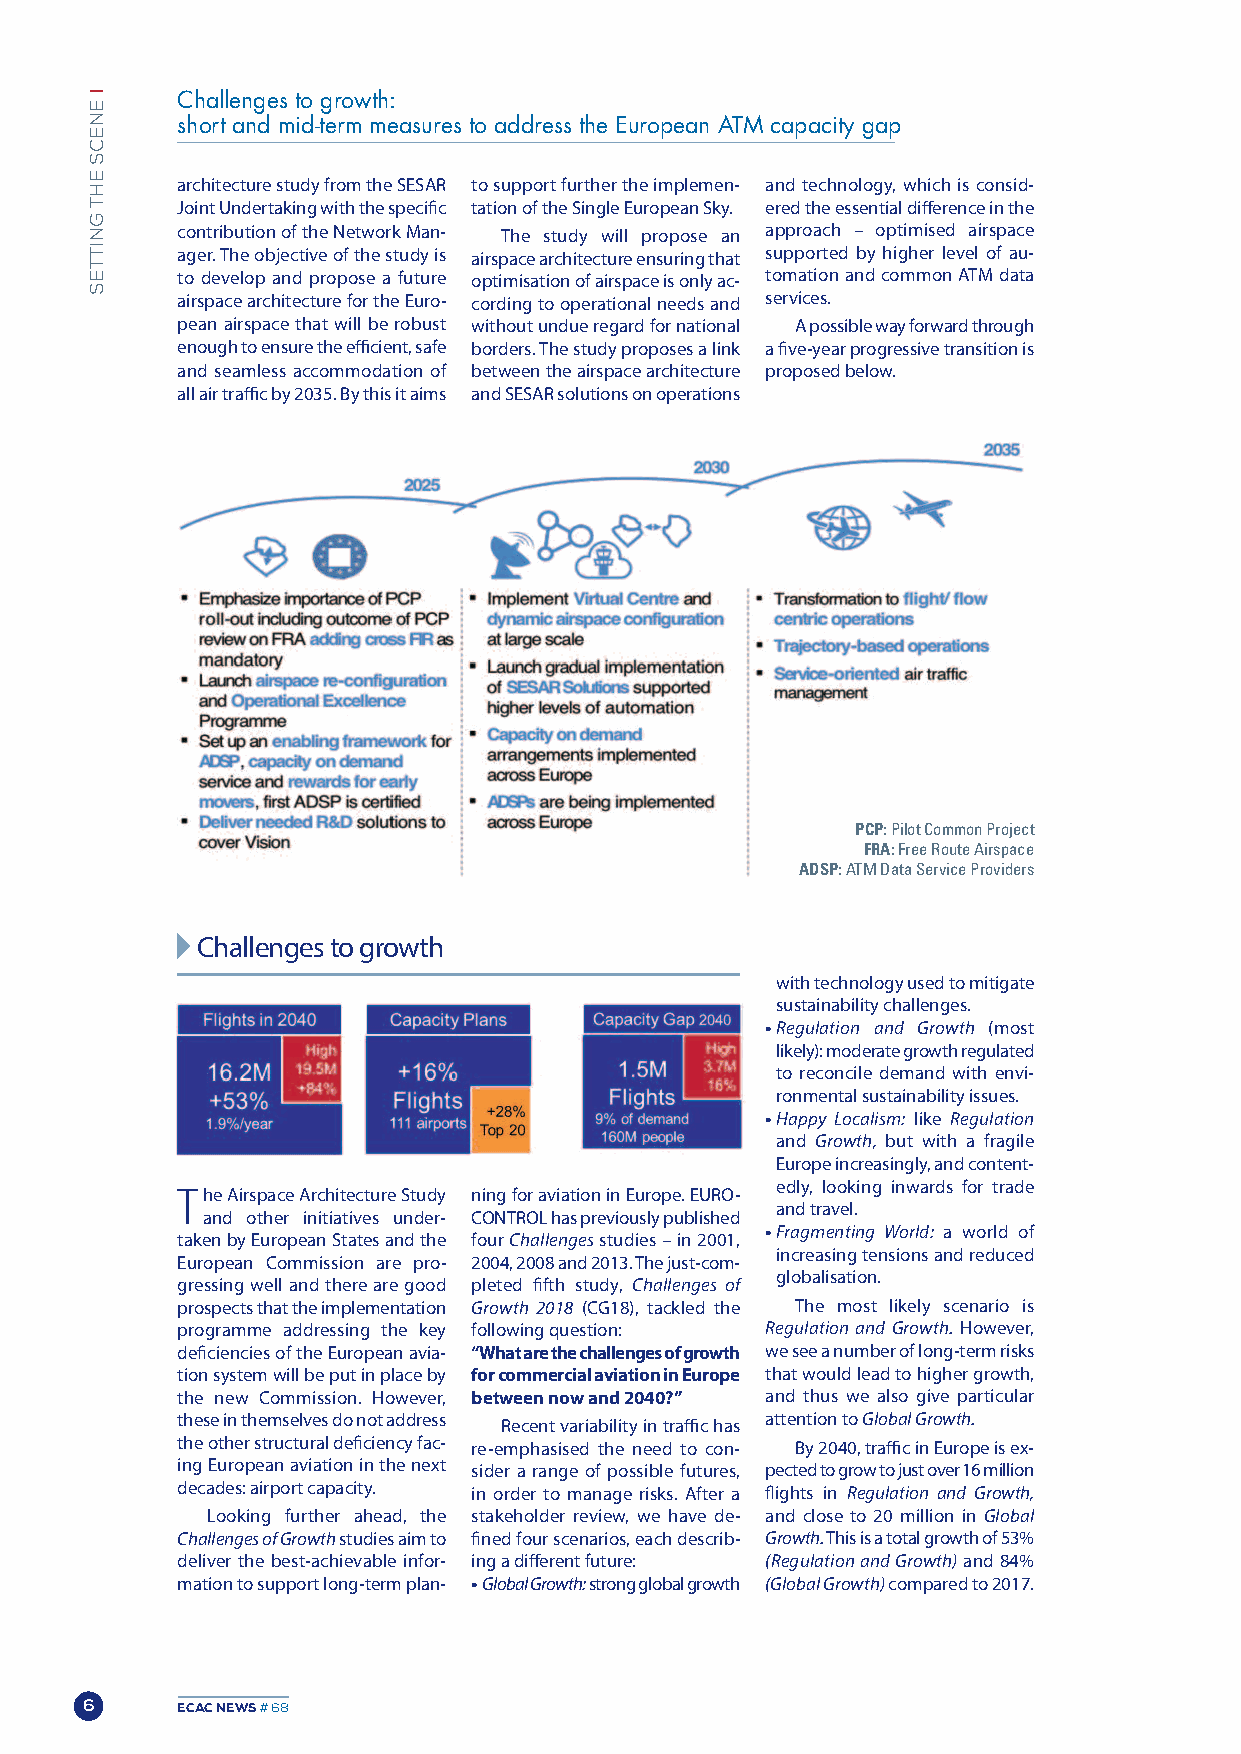
Challenges to growth:
 short and mid-term measures to address the European ATM capacity gap
 architecture study from the SESAR to support further the implemen- and technology, which is consid-
 Joint Undertaking with the specific tation of the Single European Sky. ered the essential difference in the
 contribution of the Network man- The study will propose an approach – optimised airspace
 ager. The objective of the study is airspace architecture ensuring that supported by higher level of au-
 to develop and propose a future optimisation of airspace is only ac- tomation and common ATm data
 airspace architecture for the Euro- cording to operational needs and services.
 pean airspace that will be robust without undue regard for national A possible way forward through
 enough to ensure the efficient, safe borders. The study proposes a link a five-year progressive transition is
 and seamless accommodation of between the airspace architecture proposed below.
 all air traffic by 2035. By this it aims and SESAR solutions on operations
 PCP: Pilot Common Project
 FRA: Free Route Airspace
 ADSP: ATM Data Service Providers
 Challenges to growth
 with technology used to mitigate
 sustainability challenges.
 •Regulation and Growth (most
 likely): moderate growth regulated
 to reconcile demand with envi-
 ronmental sustainability issues.
 •Happy Localism: like Regulation
 and Growth, but with a fragile
 Europe increasingly, and content-
 edly, looking inwards for trade
 The Airspace Architecture Study ning for aviation in Europe. EURo-
 and travel.
 and other initiatives under- CoNTRoL has previously published
 •Fragmenting World: a world of
 taken by European States and the four Challengesstudies –in 2001,
 increasing tensions and reduced
 European Commission are pro- 2004, 2008 and 2013. The just-com-
 globalisation.
 gressing well and there are good pleted fifth study, Challenges of
 prospects that the implementation Growth 2018 (CG18), tackled the The most likely scenario is
 programme addressing the key following question: Regulation and Growth. However,
 deficiencies of the European avia- “What are the challenges of growth we see a number of long-term risks
 tion system will be put in place by for commercial aviation in Europe that would lead to higher growth,
 the new Commission. However, between now and 2040?” and thus we also give particular
 these in themselves do not address Recent variability in traffic has attention to Global Growth.
 the other structural deficiency fac- re-emphasised the need to con- By 2040, traffic in Europe is ex-
 ing European aviation in the next sider a range of possible futures, pected to grow to just over 16 million
 decades: airport capacity. in order to manage risks. After a flights in Regulation and Growth,
 Looking further ahead, the stakeholder review, we have de- and close to 20 million in Global
 Challenges of Growthstudies aim to fined four scenarios, each describ- Growth.This is a total growth of 53%
 deliver the best-achievable infor- ing a different future: (Regulation and Growth)and 84%
 mation to support long-term plan- •Global Growth:strong global growth (Global Growth)compared to 2017.
 6      ECAC NEWS# 68
 IENECS
 EHT
 GNITTES